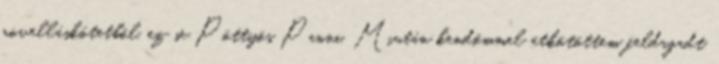
novelláskötetből, ez se Pöttyös Panni. Miután kendőmmel átkötöttem feldagadt